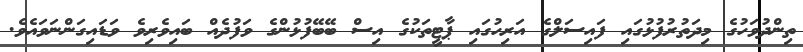
ތިންދުވަހުގެ މިދަތުރުފުޅުގައި ފައިސަލްގެ އަރިހުގައި ޕާޓީތަކުގެ އިސް ބޭބޭފުޅުންގެ ވަފުދެއް ބައިވެރިވެ ވަޑައިގަންނަވައެވެ.